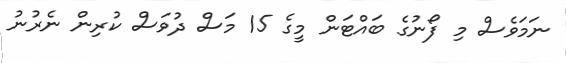
ނަމަވެސް މި ފޯނުގެ ބައްޓަން މީގެ 15 މަސް ދުވަސް ކުރިން ނެރުނު